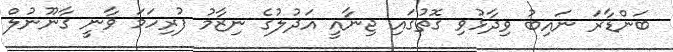
ބަންޑާރަ ނައިބު ވިދާޅުވި ގޮތުގައި ޖިނާއީ އަދުލުގެ ނިޒާމު ފުރިހަމަ ވާނީ ގާނޫނުލް